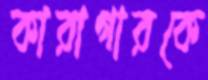
কারাগারকে